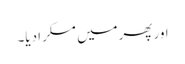
اور پھرمیں مسکرا دیا۔